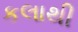
કલાથી